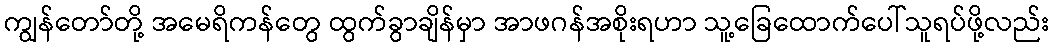
ကျွန်တော်တို့ အမေရိကန်တွေ ထွက်ခွာချိန်မှာ အာဖဂန်အစိုးရဟာ သူ့ခြေထောက်ပေါ်သူရပ်ဖို့လည်း